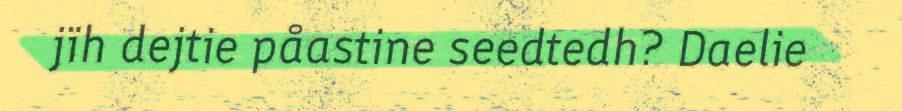
jïh dejtie påastine seedtedh? Daelie